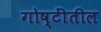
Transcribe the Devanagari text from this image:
गोष्टींतील